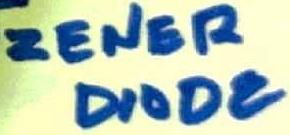
Text: ZENER DIODE